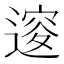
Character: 𨕦